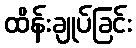
ထိန်းချုပ်ခြင်း